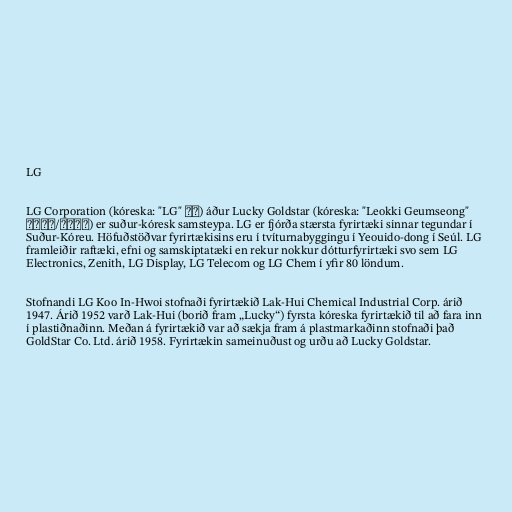
LG

LG Corporation (kóreska: "LG" 법인) áður Lucky Goldstar (kóreska: "Leokki Geumseong"
럭키금성/樂喜金星) er suður-kóresk samsteypa. LG er fjórða stærsta fyrirtæki sinnar tegundar í
Suður-Kóreu. Höfuðstöðvar fyrirtækisins eru í tvíturnabyggingu í Yeouido-dong í Seúl. LG
framleiðir raftæki, efni og samskiptatæki en rekur nokkur dótturfyrirtæki svo sem LG
Electronics, Zenith, LG Display, LG Telecom og LG Chem í yfir 80 löndum.

Stofnandi LG Koo In-Hwoi stofnaði fyrirtækið Lak-Hui Chemical Industrial Corp. árið
1947. Árið 1952 varð Lak-Hui (borið fram „Lucky“) fyrsta kóreska fyrirtækið til að fara inn
í plastiðnaðinn. Meðan á fyrirtækið var að sækja fram á plastmarkaðinn stofnaði það
GoldStar Co. Ltd. árið 1958. Fyrirtækin sameinuðust og urðu að Lucky Goldstar.